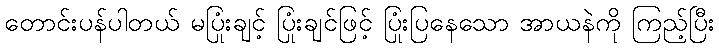
တောင်းပန်ပါတယ် မပြုံးချင့် ပြုံးချင်ဖြင့် ပြုံးပြနေသော အာယနဲကို ကြည့်ပြီး